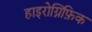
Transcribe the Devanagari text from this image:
हाइरोग्निफ़िक